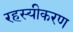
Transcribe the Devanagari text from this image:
रहस्यीकरण